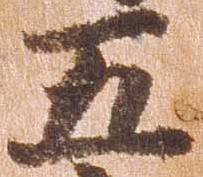
五